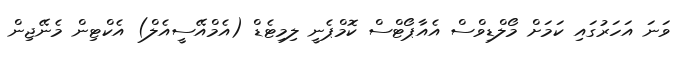
ވަނަ އަހަރުގައި ކަމަށް މޯލްޑިވްސް އެއާޕޯޓްސް ކޮމްޕެނީ ލިމިޓެޑް (އެމްއޭސީއެލް) އެކްޓިން މެނޭޖިން